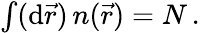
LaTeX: \begin{array}{r}{\int(\mathrm{d}\vec{r})\, n(\vec{r})=N\, .}\end{array}